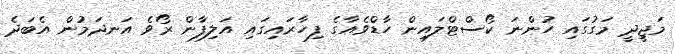
މަޖިީދީ މަގުގައި ހުންނަ ކޯސްޓްލައިން ހާޑްވެއާގެ ފިހާރައިގައި އަލިފާން ރޯވެ އަނދަމުން އެބަދެ